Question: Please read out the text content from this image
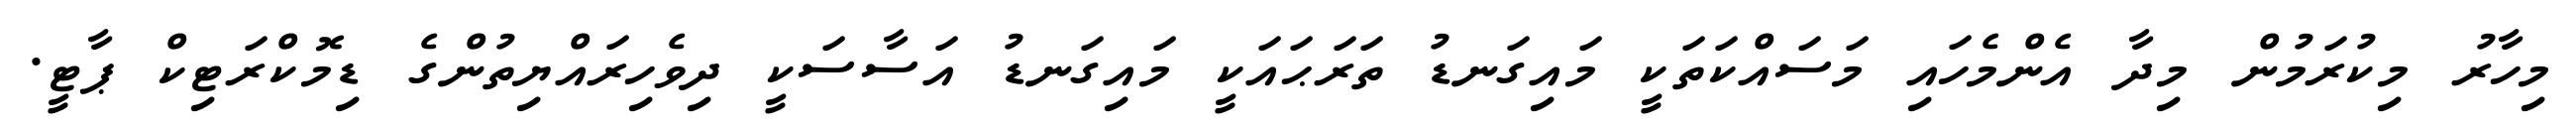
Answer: މިހާރު މިކުރަމުން މިދާ އެންމެހައި މަސައްކަތަކީ މައިގަނޑު ތަރަޙައަކީ މައިގަނޑު އަސާސަކީ ދިވެހިރައްޔިތުންގެ ޑިމޮކްރަޓިކް ޕާޓީ.